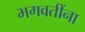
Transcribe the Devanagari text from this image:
भगवतींना